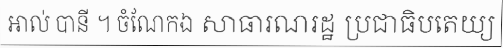
អាល់ បានី ។ ចំណែកឯ សាធារណរដ្ឋ ប្រជាធិបតេយ្យ